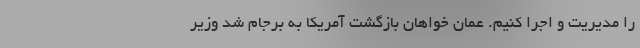
را مدیریت و اجرا کنیم. عمان خواهان بازگشت آمریکا به برجام شد وزیر